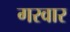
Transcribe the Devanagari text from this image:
गरवार